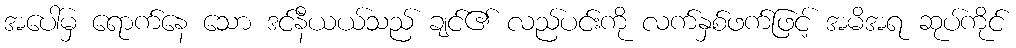
အပေါ်မှ ရောက်နေ သော ဒင်နီယယ်သည် ချင်၏ လည်ပင်းကို လက်နှစ်ဖက်ဖြင့် အမိအရ ဆုပ်ကိုင်